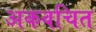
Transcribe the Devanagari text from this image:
अकवचित